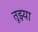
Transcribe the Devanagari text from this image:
तूझ्या